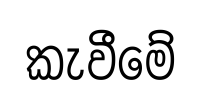
කැවීමේ